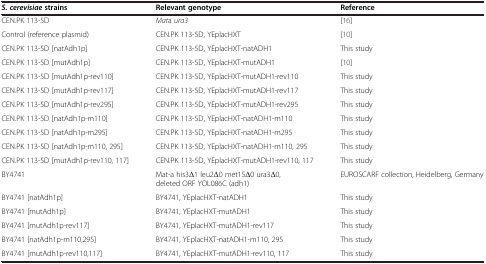
| S. cerevisiaestrains | Relevant genotype | Reference |
 | --- | --- | --- |
 | CEN.PK 113-5D | Mata ura3 | [16] |
 | Control (reference plasmid) | CEN.PK 113-5D, YEplacHXT | [10] |
 | CEN.PK 113-5D [natAdh1p] | CEN.PK 113-5D, YEplacHXT-natADH1 | This study |
 | CEN.PK 113-5D [mutAdh1p] | CEN.PK 113-5D, YEplacHXT-mutADH1 | [10] |
 | CEN.PK 113-5D [mutAdh1p-rev110] | CEN.PK 113-5D, YEplacHXT-mutADH1-rev110 | This study |
 | CEN.PK 113-5D [mutAdh1p-rev117] | CEN.PK 113-5D, YEplacHXT-mutADH1-rev117 | This study |
 | CEN.PK 113-5D [mutAdh1p-rev295] | CEN.PK 113-5D, YEplacHXT-mutADH1-rev295 | This study |
 | CEN.PK 113-5D [natAdh1p-m110] | CEN.PK 113-5D, YEplacHXT-natADH1-m110 | This study |
 | CEN.PK 113-5D [natAdh1p-m295] | CEN.PK 113-5D, YEplacHXT-natADH1-m295 | This study |
 | CEN.PK 113-5D [natAdh1p-m110, 295] | CEN.PK 113-5D, YEplacHXT-natADH1-m110, 295 | This study |
 | CEN.PK 113-5D [mutAdh1p-rev110, 117] | CEN.PK 113-5D, YEplacHXT-mutADH1-rev110, 117 | This study |
 | BY4741 | Mat-a his3Δ1 leu2Δ0 met15Δ0 ura3Δ0, deleted ORF YOL086C (adh1) | EUROSCARF collection, Heidelberg, Germany |
 | BY4741 [natAdh1p] | BY4741, YEplacHXT-natADH1 | This study |
 | BY4741 [mutAdh1p] | BY4741, YEplacHXT-mutADH1 | This study |
 | BY4741 [mutAdh1p-rev117] | BY4741, YEplacHXT-mutADH1-rev117 | This study |
 | BY4741 [natAdh1p-m110,295] | BY4741, YEplacHXT-natADH1-m110, 295 | This study |
 | BY4741 [mutAdh1p-rev110,117] | BY4741, YEplacHXT-mutADH1-rev110, 117 | This study |